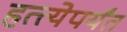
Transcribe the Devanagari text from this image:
हत्त्येपर्यंत